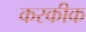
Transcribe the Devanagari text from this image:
करकीक